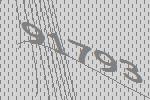
91793